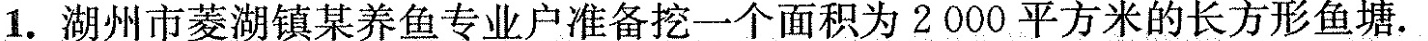
1.湖州市菱湖镇某养鱼专业户准备挖一个面积为2000平方米的长方形鱼塘。